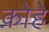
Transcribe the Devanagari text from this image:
क़ोहे